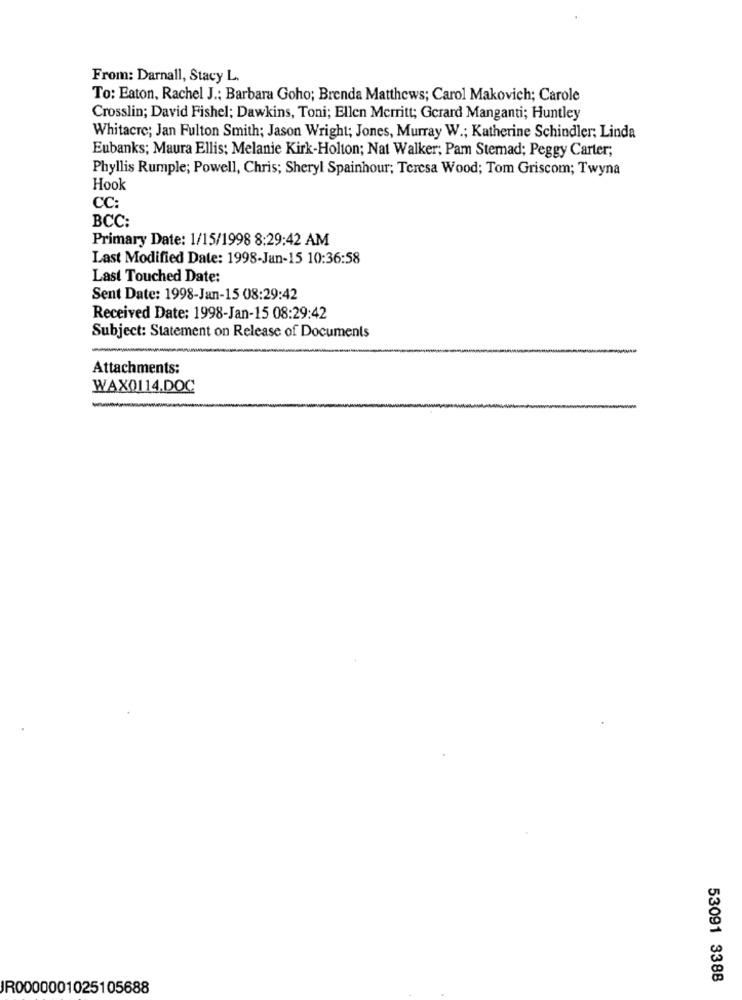
From: Darnall, Stacy L.
To: Eaton, Rachel J .: Barbara Goho; Brenda Matthews; Carol Makovich; Carole
Crosslin; David Fishel; Dawkins, Toni; Ellen Merritt; Gerard Manganti; Huntley
Whitacre; Jan Fulton Smith; Jason Wright; Jones, Murray W .; Katherine Schindler; Linda
Eubanks; Maura Ellis; Melanie Kirk-Holton; Nat Walker; Pam Sternad; Peggy Carter;
Phyllis Rumple; Powell, Chris; Sheryl Spainhour; Teresa Wood; Tom Griscom; Twyna
Hook
CC:
BCC:
Primary Date: 1/15/1998 8:29:42 AM
Last Modified Date: 1998-Jan-15 10:36:58
Last Touched Date:
Sent Date: 1998-Jan-15 08:29:42
Received Date: 1998-Jan-15 08:29:42
Subject: Statement on Release of Documents
Attachments:
WAX0114.DOC
53091 3388
JR0000001025105688